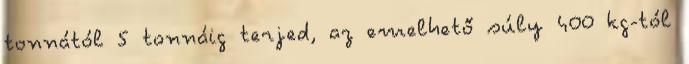
tonnától 5 tonnáig terjed, az emelhető súly 400 kg-tól